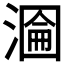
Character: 𭲂